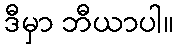
ဒီမှာ ဘီယာပါ။